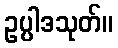
ဥပ္ပါဒသုတ်။